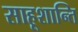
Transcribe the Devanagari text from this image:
साहूशान्ति